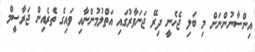
އިންސާނުންނަށް މި ބަލި ޖެހެނީ ދިރޭ ޖަނަވާރުގައި އަތްލުމުންނާއި ވައިގެ ތެރެއިން ޖަރާސީމް